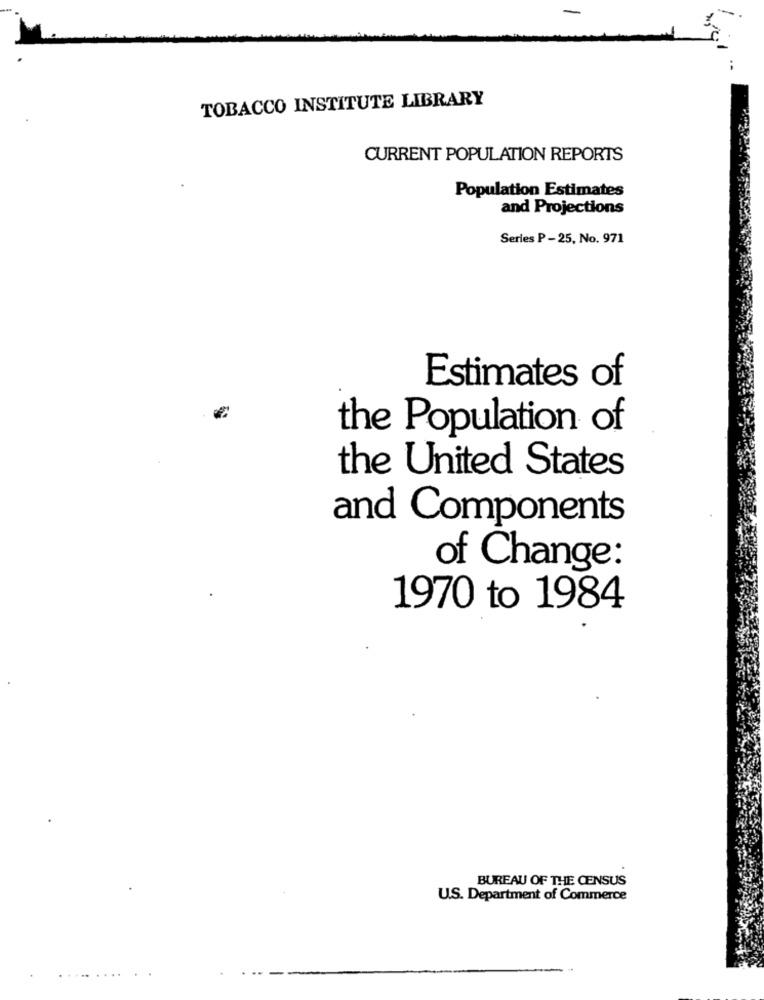
TOBACCO INSTITUTE LIBRARY
CURRENT POPULATION REPORTS
Population Estimates
and Projections
Series P - 25, No. 971
Estimates of
the Population of
the United States
and Components
of Change:
1970 to 1984
BUREAU OF THE CENSUS
U.S. Department of Commerce
......
....